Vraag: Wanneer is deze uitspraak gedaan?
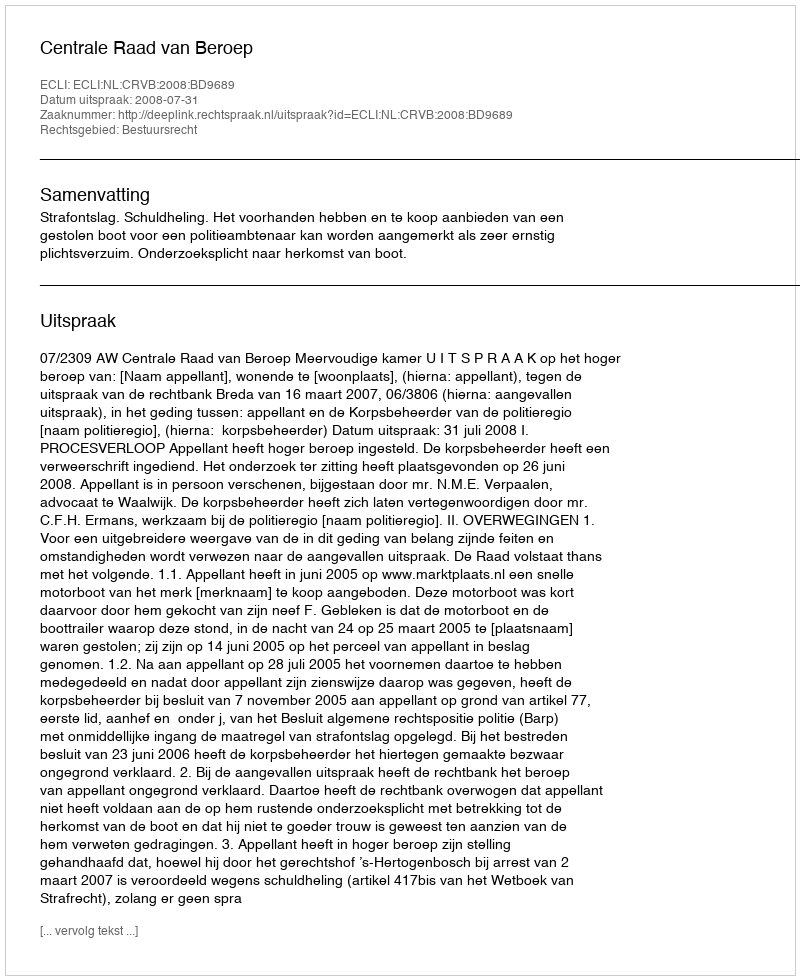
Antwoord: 2008-07-31